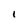
Character: I